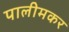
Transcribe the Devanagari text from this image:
पालीमकर